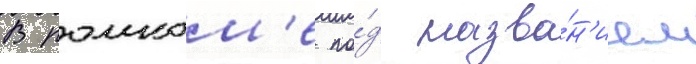
В ромком'е по́д назва́н'ием